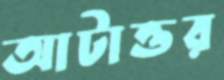
আটাত্তর